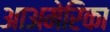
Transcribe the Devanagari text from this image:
आअमेरिका